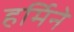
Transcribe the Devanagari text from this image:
हर्मिने